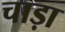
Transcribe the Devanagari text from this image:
चाड़ा